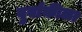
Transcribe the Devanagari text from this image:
बुर्बाकीला